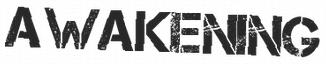
AWAKENING